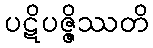
ပဋိပဇ္ဇိဿတိ